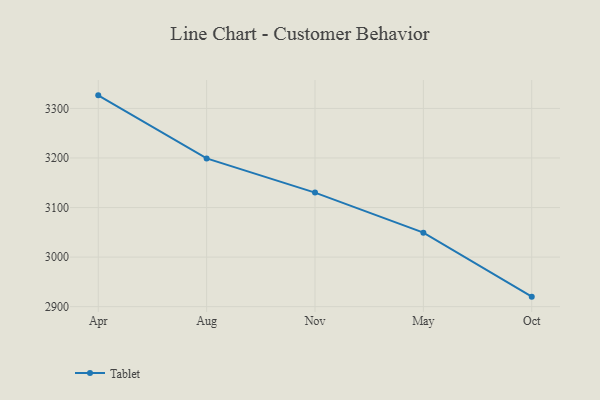
{"axis": {"x": "Month", "y": "Headcount"}, "legend": ["Tablet"], "data": [{"x": "Apr", "y": 3326.4, "type": "Tablet"}, {"x": "Aug", "y": 3199.1, "type": "Tablet"}, {"x": "Nov", "y": 3130.2, "type": "Tablet"}, {"x": "May", "y": 3049.3, "type": "Tablet"}, {"x": "Oct", "y": 2920.2, "type": "Tablet"}]}